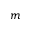
m